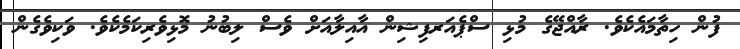
ފުން ހިތާމައެކެެވެ. ރާއްޖޭގެ މުޅި ސްޕެއަރފިޝިން އާއިލާއަށް ވެސް ލިބުނު މޮޅިވެރިކަމެކެވެ. ވަކިވެގެން